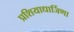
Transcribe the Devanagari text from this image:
प्रशियाधार्जिणा